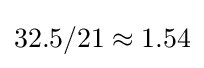
32.5/21\approx 1.54